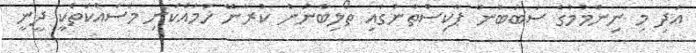
އަދި މި ނިންމުމުގެ ސަބަބުން ޕާކިސްތާނުގައި ތޯލިބާނުން ކުރާނޭ ހަމައެކަނި މަސައްކަތަކީ ދީނީ